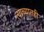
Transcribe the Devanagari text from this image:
त्याच्यातही